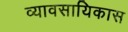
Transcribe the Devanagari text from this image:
व्यावसायिकास